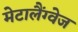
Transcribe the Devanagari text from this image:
मेटालैंग्वेज